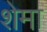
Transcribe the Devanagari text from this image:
शेमा